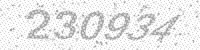
Solution: 230934